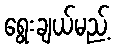
ရွေးချယ်မည့်